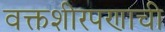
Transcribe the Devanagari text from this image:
वक्तशीरपणाची